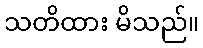
သတိထား မိသည်။